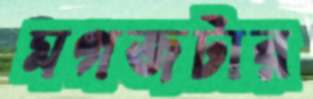
মগজটার